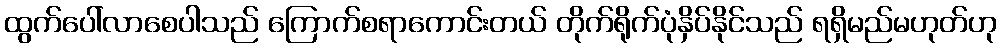
ထွက်ပေါ်လာစေပါသည် ကြောက်စရာကောင်းတယ် တိုက်ရိုက်ပုံနှိပ်နိုင်သည် ရရှိမည်မဟုတ်ဟု